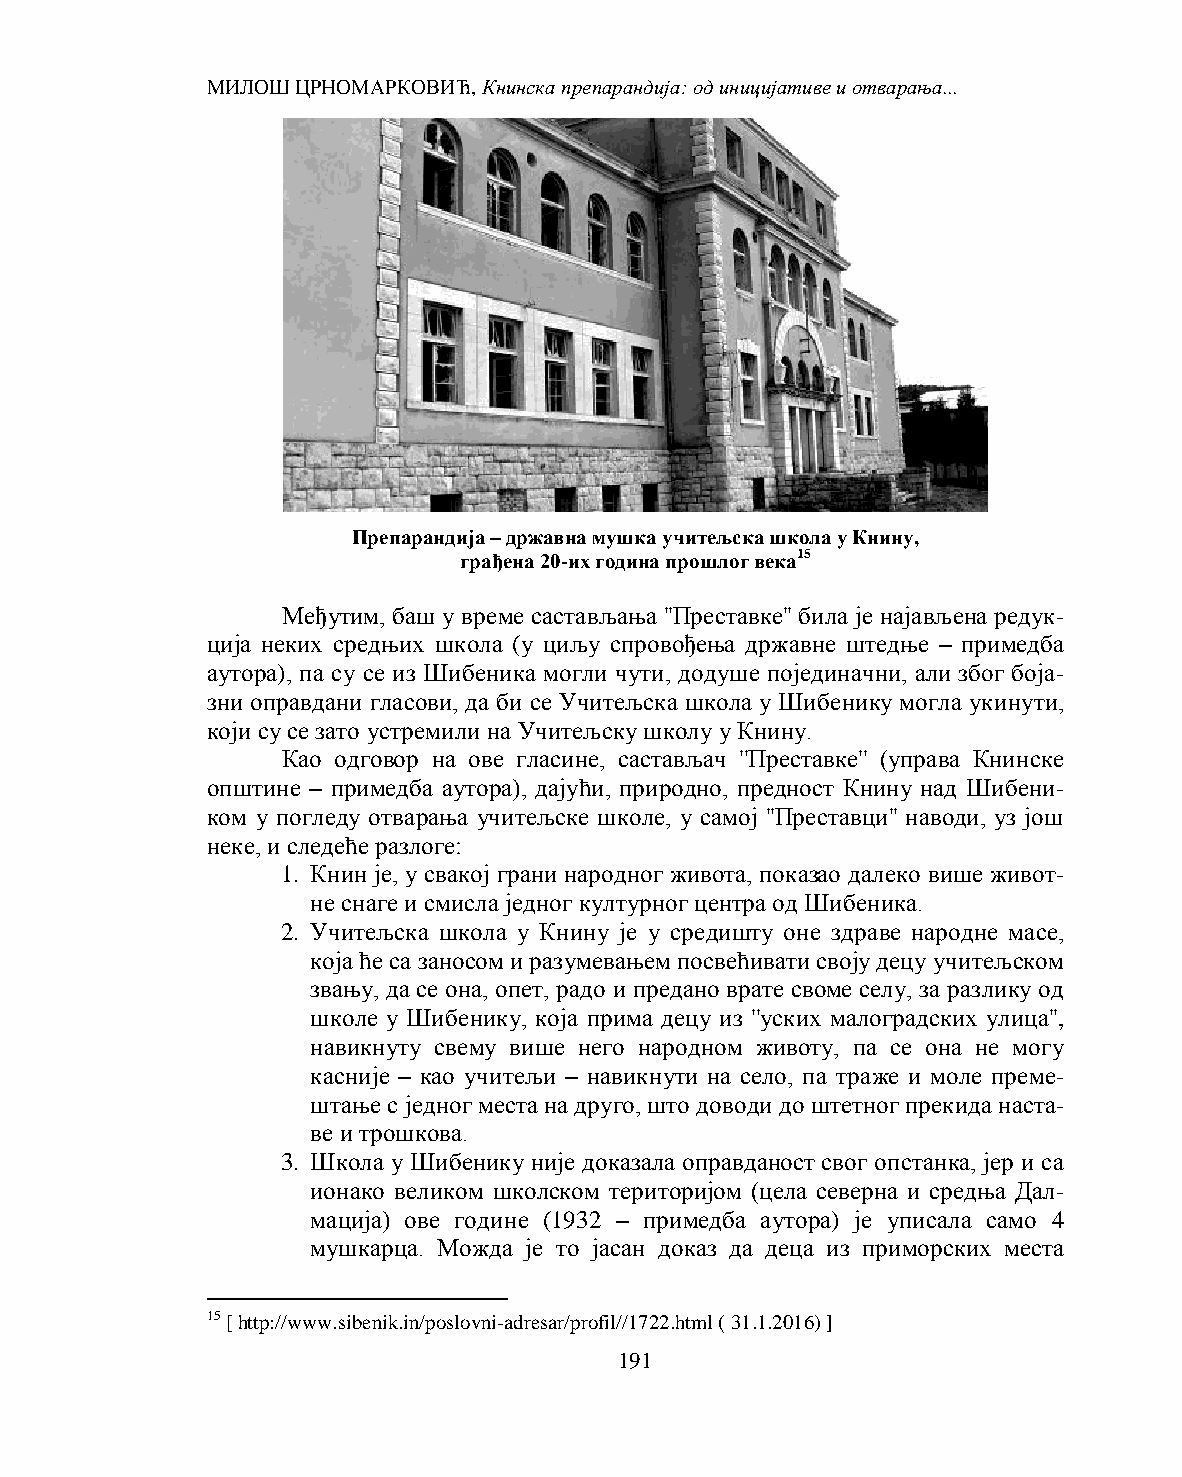
МИЛОШ ЦРНОМАРКОВИЋ, Книнска препарандија: од иницијативе и отварања...
 Препарандија – државна мушка учитељска школа у Книну,
 грађена 20-их година прошлог века15
 Међутим, баш у време састављања ''Преставке'' била је најављена редук-
 ција неких средњих школа (у циљу спровођења државне штедње – примедба
 аутора), па су се из Шибеника могли чути, додуше појединачни, али због боја-
 зни оправдани гласови, да би се Учитељска школа у Шибенику могла укинути,
 који су се зато устремили на Учитељску школу у Книну.
 Као одговор на ове гласине, састављач ''Преставке'' (управа Книнске
 општине – примедба аутора), дајући, природно, предност Книну над Шибени-
 ком у погледу отварања учитељске школе, у самој ''Преставци'' наводи, уз још
 неке, и следеће разлоге:
 1. Книн је, у свакој грани народног живота, показао далеко више живот-
 не снаге и смисла једног културног центра од Шибеника.
 2. Учитељска школа у Книну је у средишту оне здраве народне масе,
 која ће са заносом и разумевањем посвећивати своју децу учитељском
 звању, да се она, опет, радо и предано врате своме селу, за разлику од
 школе у Шибенику, која прима децу из ''уских малоградских улица'',
 навикнуту свему више него народном животу, па се она не могу
 касније – као учитељи – навикнути на село, па траже и моле преме-
 штање с једног места на друго, што доводи до штетног прекида наста-
 ве и трошкова.
 3. Школа у Шибенику није доказала оправданост свог опстанка, јер и са
 ионако великом школском територијом (цела северна и средња Дал-
 мација) ове године (1932 – примедба аутора) је уписала само 4
 мушкарца. Можда је то јасан доказ да деца из приморских места
 15 [ http://www.sibenik.in/poslovni-adresar/profil//1722.html ( 31.1.2016) ]
 191